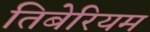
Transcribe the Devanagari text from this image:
तिबेरियम